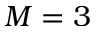
M = 3